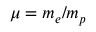
\mu = m _ { e } / m _ { p }